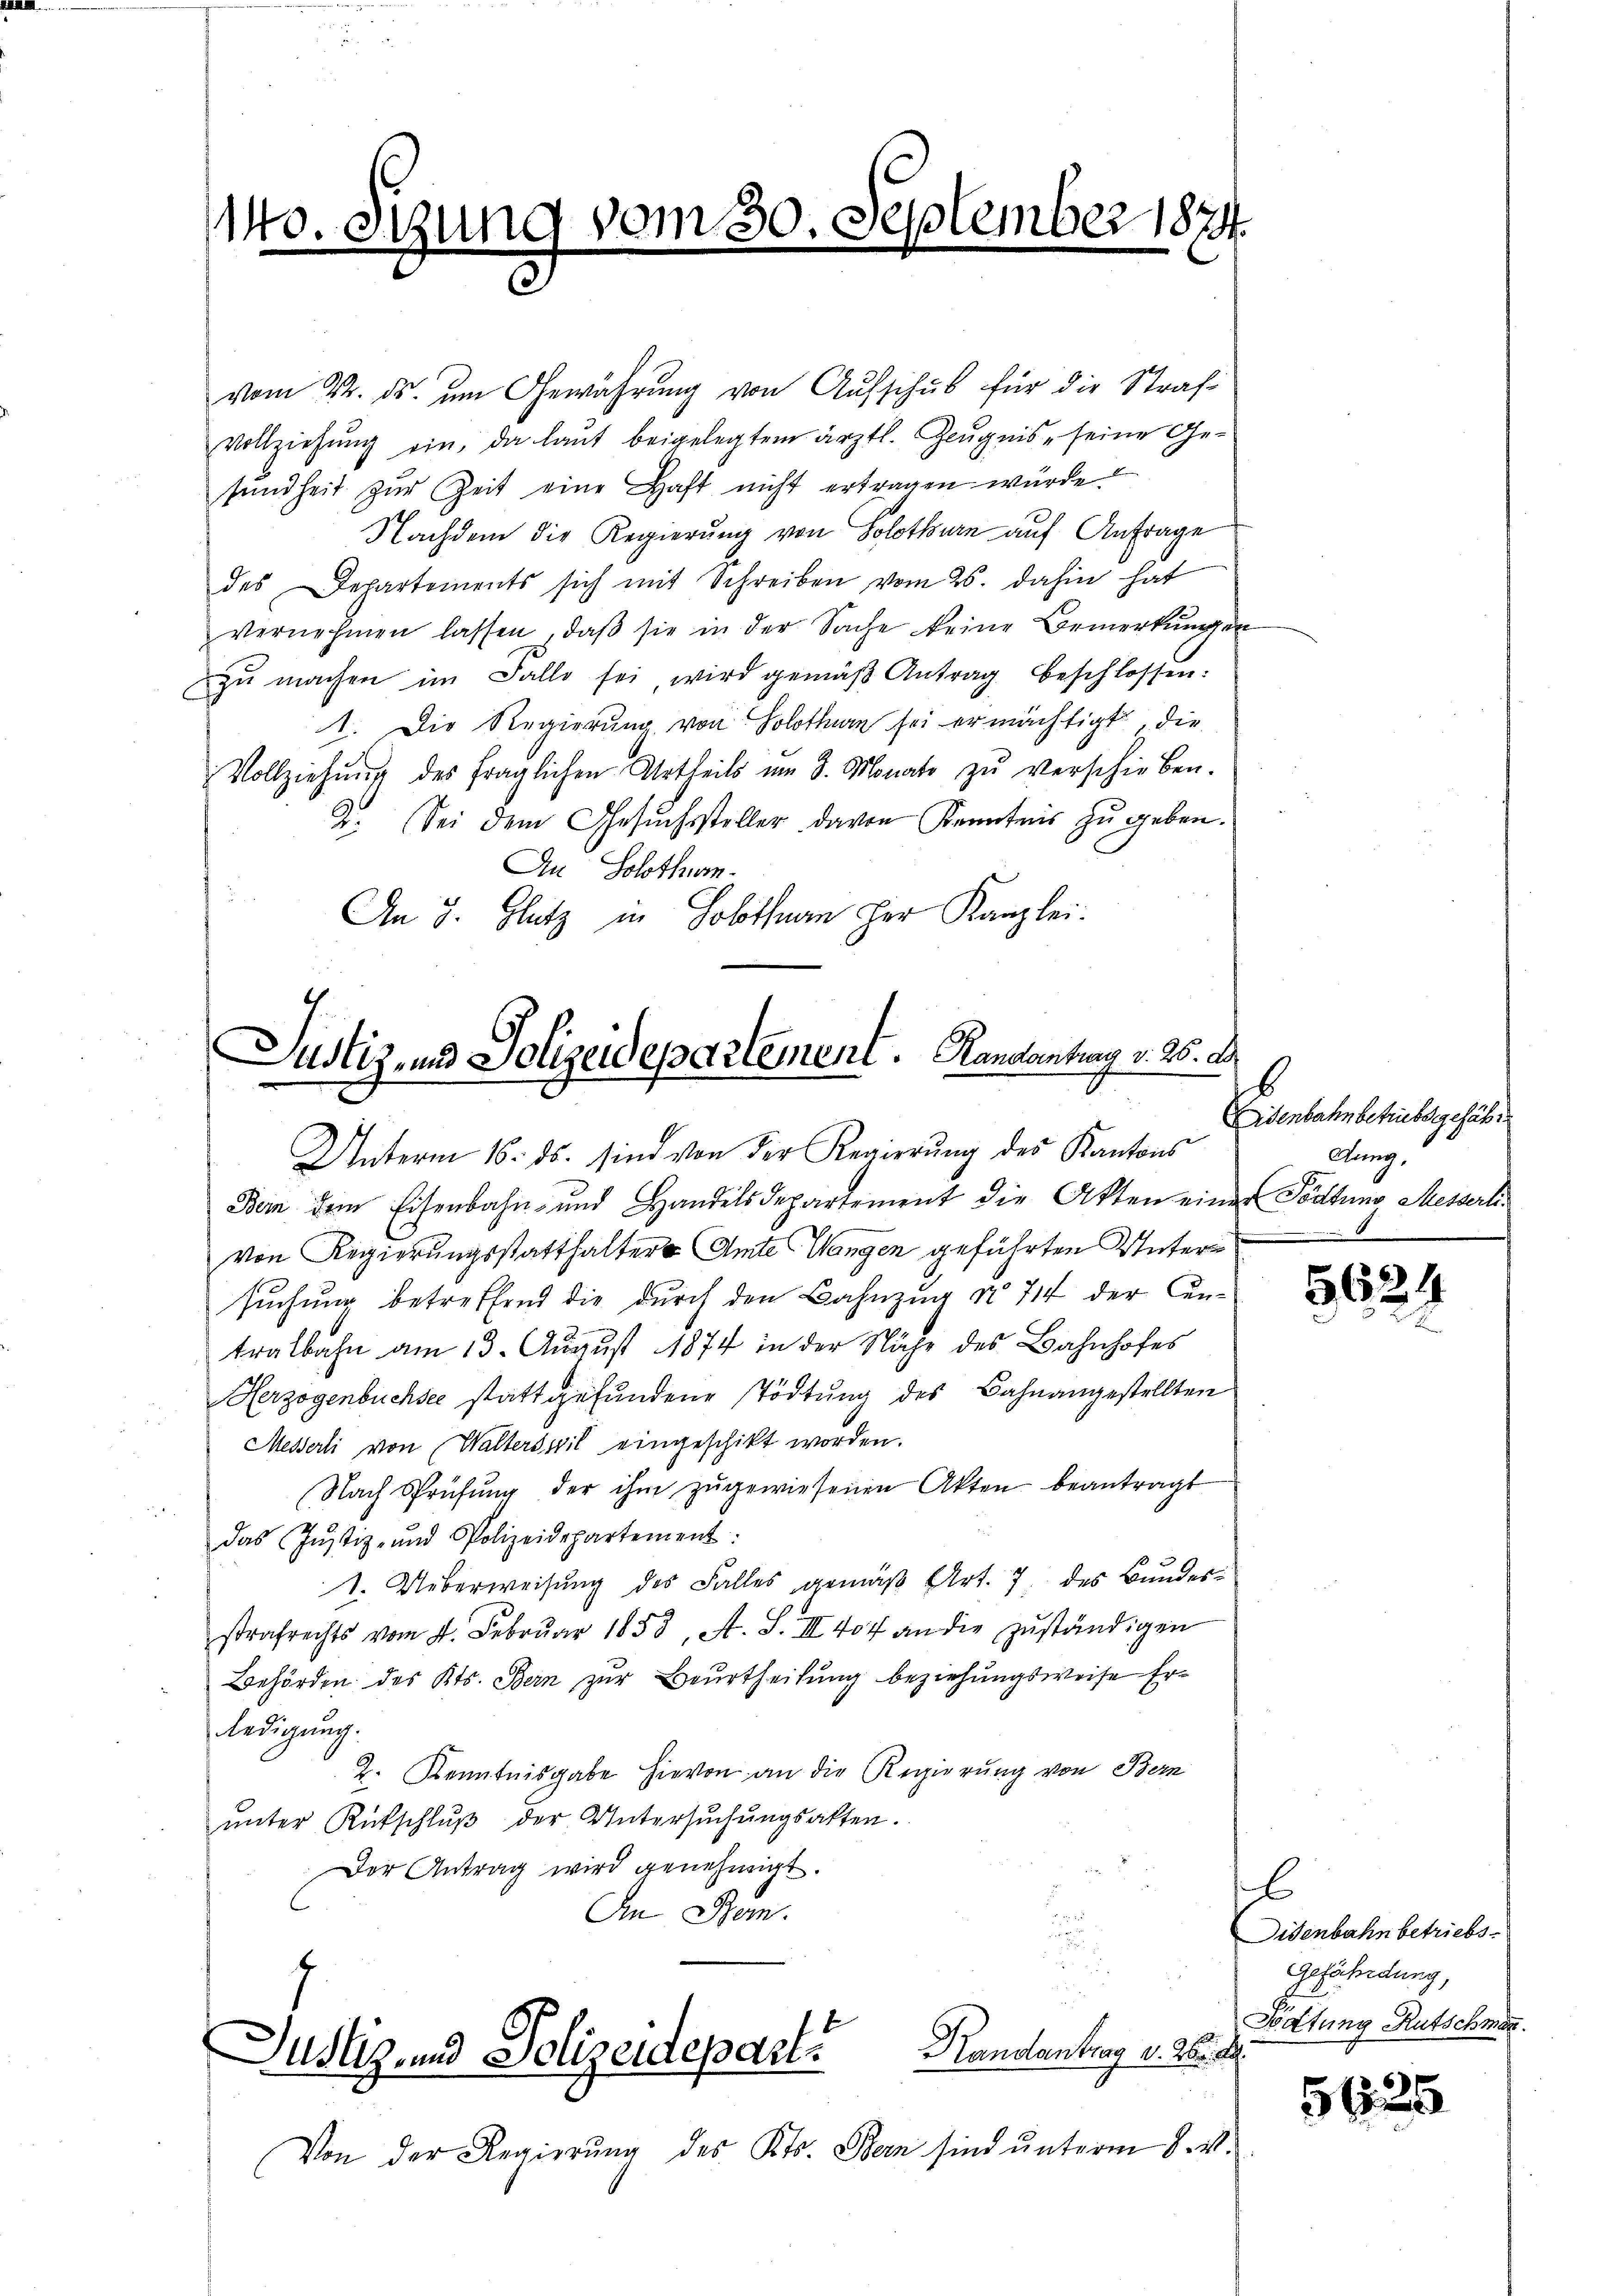
1140. stung vom 30. September 1874.
.

vom 22. ds. um Gewährung von Aufschub für die Strafvollziehŭng ein, da laŭt beigelegtem ärztl. Zeŭgnis, seine Ge-
sŭndheit zŭr Zeit eine Haft nicht ertragen würde?
Nachdem die Regierung von Solothurn auf Anfrage
des Departements sich mit Schreiben vom 26. dahin hat
vernehmen lassen, daβ sie in der Sache keine Bemerkŭngen
zŭ machen im Falle sei, wird gemäβ Antrag beschlossen.
1. Die Regierung von Solothurn sei ermächtigt, die
Vollziehŭng des fraglichen Urtheils im 3. Monate zŭ verschieben.
2. Sei dem Gesŭchssteller davon Kenntnis zu geben.
An Solothum.
An 3. Glatz in Solothurn her Kanzlei.

Justiz- und Polizeidepartement. Landantung v. 26. A

Unterm 16. ds. sind von der Regierŭng des Kantons
Dein dem Eisenbahn- und Handelsdepartement die Akten einer Tödtung Messerlivon Regierungsstatthalter Amte Wangen geführten Untersuchung betreffend die durch den Bahnzug No 714 der Cantralbahn am 13. August 1874 in der Nähe des Bahnhofes
Herzogenbuchsee stattgefundene Stödtung des Bahnangestellten
Messerli von Walterswil eingeschikt worden.
Nach Sprüfŭng der ihm zŭgewiesenen Akten beantragt
das Justiz- und Polizeidepartement:
1. Ueberweisung des Falles gemäß Art. 7 des Bundesstrafrechts vom 4. Febrŭar 1853, A. S. III 404 an die zŭständigen
Behörden des Kts. Bern zur Beurtheilung beziehungsweise Erledigung.
2. Kenntnisgabe hievon an die Regierung von Bern
unter Rutschluß der Untersuchungsakten.
Der Antrag wird genehmigt.
.
In Bern.
¬

Von der Regierung des Kts. Bern sind unterm 8. M.

Handantrag v. 26. d.
Justiz- und Polizeideparti

b
Eisenbahn betriebs gefähig
Aung,

5624

l
Disenbahn betriebs¬
Gefährdung,
Tödtung Rutschmer.

5625